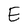
Character: E